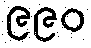
၉၉၀